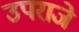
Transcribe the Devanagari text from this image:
उपराजे